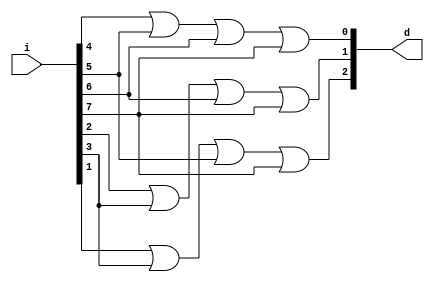
`timescale 1ns / 1ps
//////////////////////////////////////////////////////////////////////////////////
// Company: 
// Engineer: 
// 
// Design Name: 
// Module Name:    encoder 
// Project Name: 
// Target Devices: 
// Tool versions: 
// Description: 
//
// Dependencies: 
//
// Revision: 
// Revision 0.01 - File Created
// Additional Comments: 
//
//////////////////////////////////////////////////////////////////////////////////
module encoder(i,d);
    input [7:0] i;
    output [2:0] d;
   assign d[0] = i[4]|i[5]|i[6]|i[7];
	assign d[1] = i[2]|i[3]|i[6]|i[7];
	 assign d[2] = i[1]|i[3]|i[5]|i[7];


endmodule